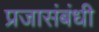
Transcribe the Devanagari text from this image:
प्रजासंबंधी